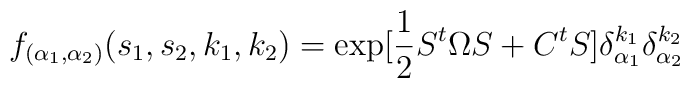
f_{(\alpha_1 , \alpha_2 )} (s_1 , s_2 , k_1, k_2 ) = \exp [\frac{1}{2} S^t \Omega S + C^t S ] \delta_{\alpha_1}^{k_1}\delta_{\alpha_2}^{k_2}